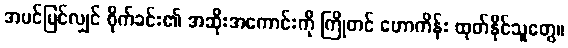
အပင်မြင်လျှင် စိုက်ခင်း၏ အဆိုးအကောင်းကို ကြိုတင် ဟောကိန်း ထုတ်နိုင်သူတွေ။